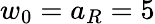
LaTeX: w_{0}=a_{R}=5